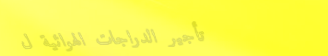
تأجير الدراجات الهوائية ل